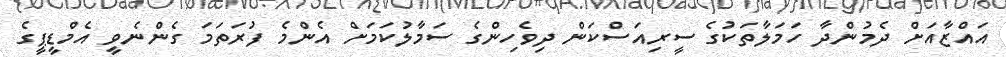
އައްޒާއަށް ދެމުންދާ ހަމަލާތަކުގެ ސީރިއަސްކަން ދިވެހިންގެ ސަމާލުކަމަށް އެންމެ ފުރަތަމަ ގެންނެވީ އެމްޑީޕީގެ